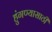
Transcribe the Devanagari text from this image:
हुंगण्यासाठी